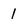
Character: 1